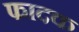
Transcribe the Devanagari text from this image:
फादक